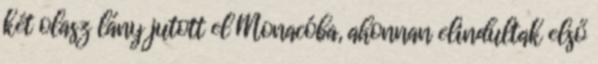
két olasz lány jutott el Monacóba, ahonnan elindultak első